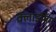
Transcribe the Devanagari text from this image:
क्लाइमिंग